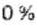
0%